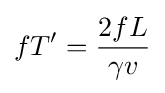
fT'={\frac {2fL}{\gamma v}}